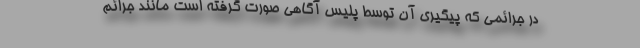
در جرائمی که پیگیری آن توسط پلیس آگاهی صورت گرفته است مانند جرائم